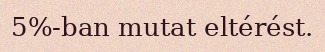
5%-ban mutat eltérést.